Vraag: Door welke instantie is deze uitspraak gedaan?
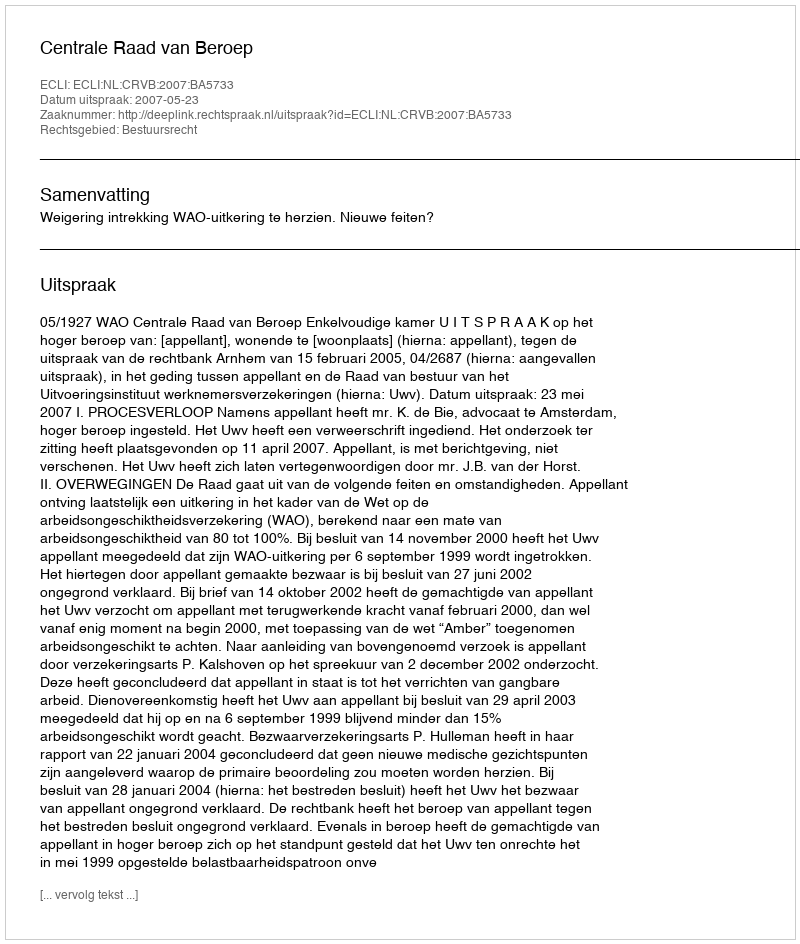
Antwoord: Centrale Raad van Beroep